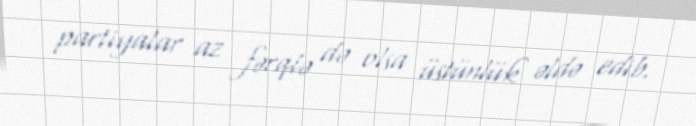
partiyalar az fərqlə də olsa üstünlük əldə edib.